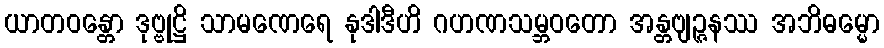
ယာတဝန္တော ဒုဗ္ဗုဋ္ဌိ သာမဏေရေ နုဒါဒီဟိ ဂဟဏသမ္ဘဝတော အန္တဗျဉ္ဇနဿ အဘိဓမ္မော